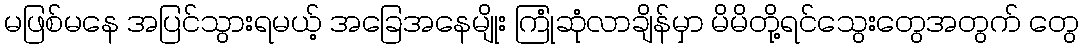
မဖြစ်မနေ အပြင်သွားရမယ့် အခြေအနေမျိုး ကြုံဆုံလာချိန်မှာ မိမိတို့ရင်သွေးတွေအတွက် တွေ